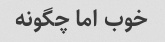
خوب اما چگونه